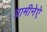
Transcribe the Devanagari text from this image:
ग्रामीनेऐ